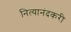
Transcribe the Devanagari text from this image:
नित्यानंदकरी